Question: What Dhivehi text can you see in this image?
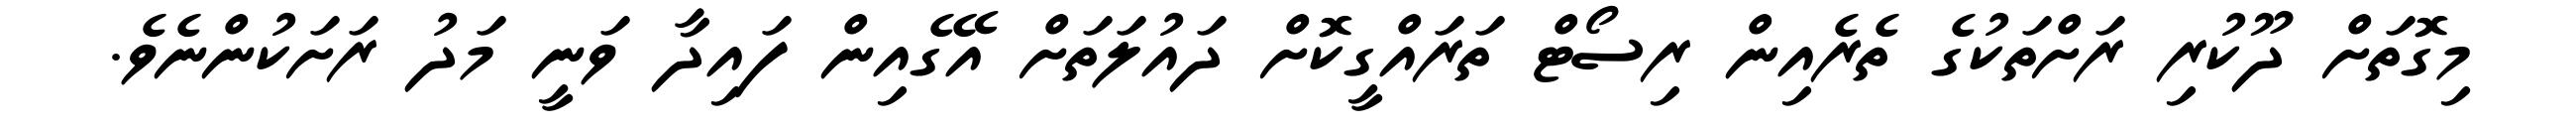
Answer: މިގޮތަށް ދޫކުރި ރަށްތަކުގެ ތެރެއިން ރިސޯޓް ތަރައްގީކޮށް ދައުލަތަށް އޭގެއިން ފައިދާ ވަނީ މަދު ރަށަކުންނެވެ.